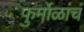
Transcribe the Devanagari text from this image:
फुर्मोळांचं